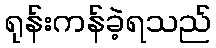
ရုန်းကန်ခဲ့ရသည်